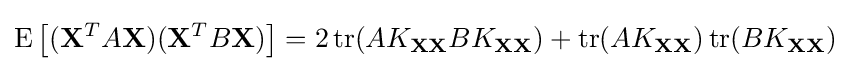
\operatorname {E} \left[(\mathbf {X} ^{T}A\mathbf {X} )(\mathbf {X} ^{T}B\mathbf {X} )\right]=2\operatorname {tr} (AK_{\mathbf {X} \mathbf {X} }BK_{\mathbf {X} \mathbf {X} })+\operatorname {tr} (AK_{\mathbf {X} \mathbf {X} })\operatorname {tr} (BK_{\mathbf {X} \mathbf {X} })